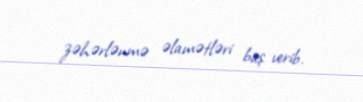
zəhərlənmə əlamətləri baş verib.